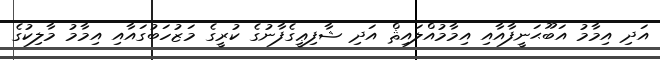
އަދި އިމާމު އަބޫޙަނީފާއާއި އިމާމުއްލައިޘް އަދި ޝާފިޢީގެފާނުގެ ކުރީގެ މަޒުހަބުގައާއި އިމާމު މާލިކުގެ